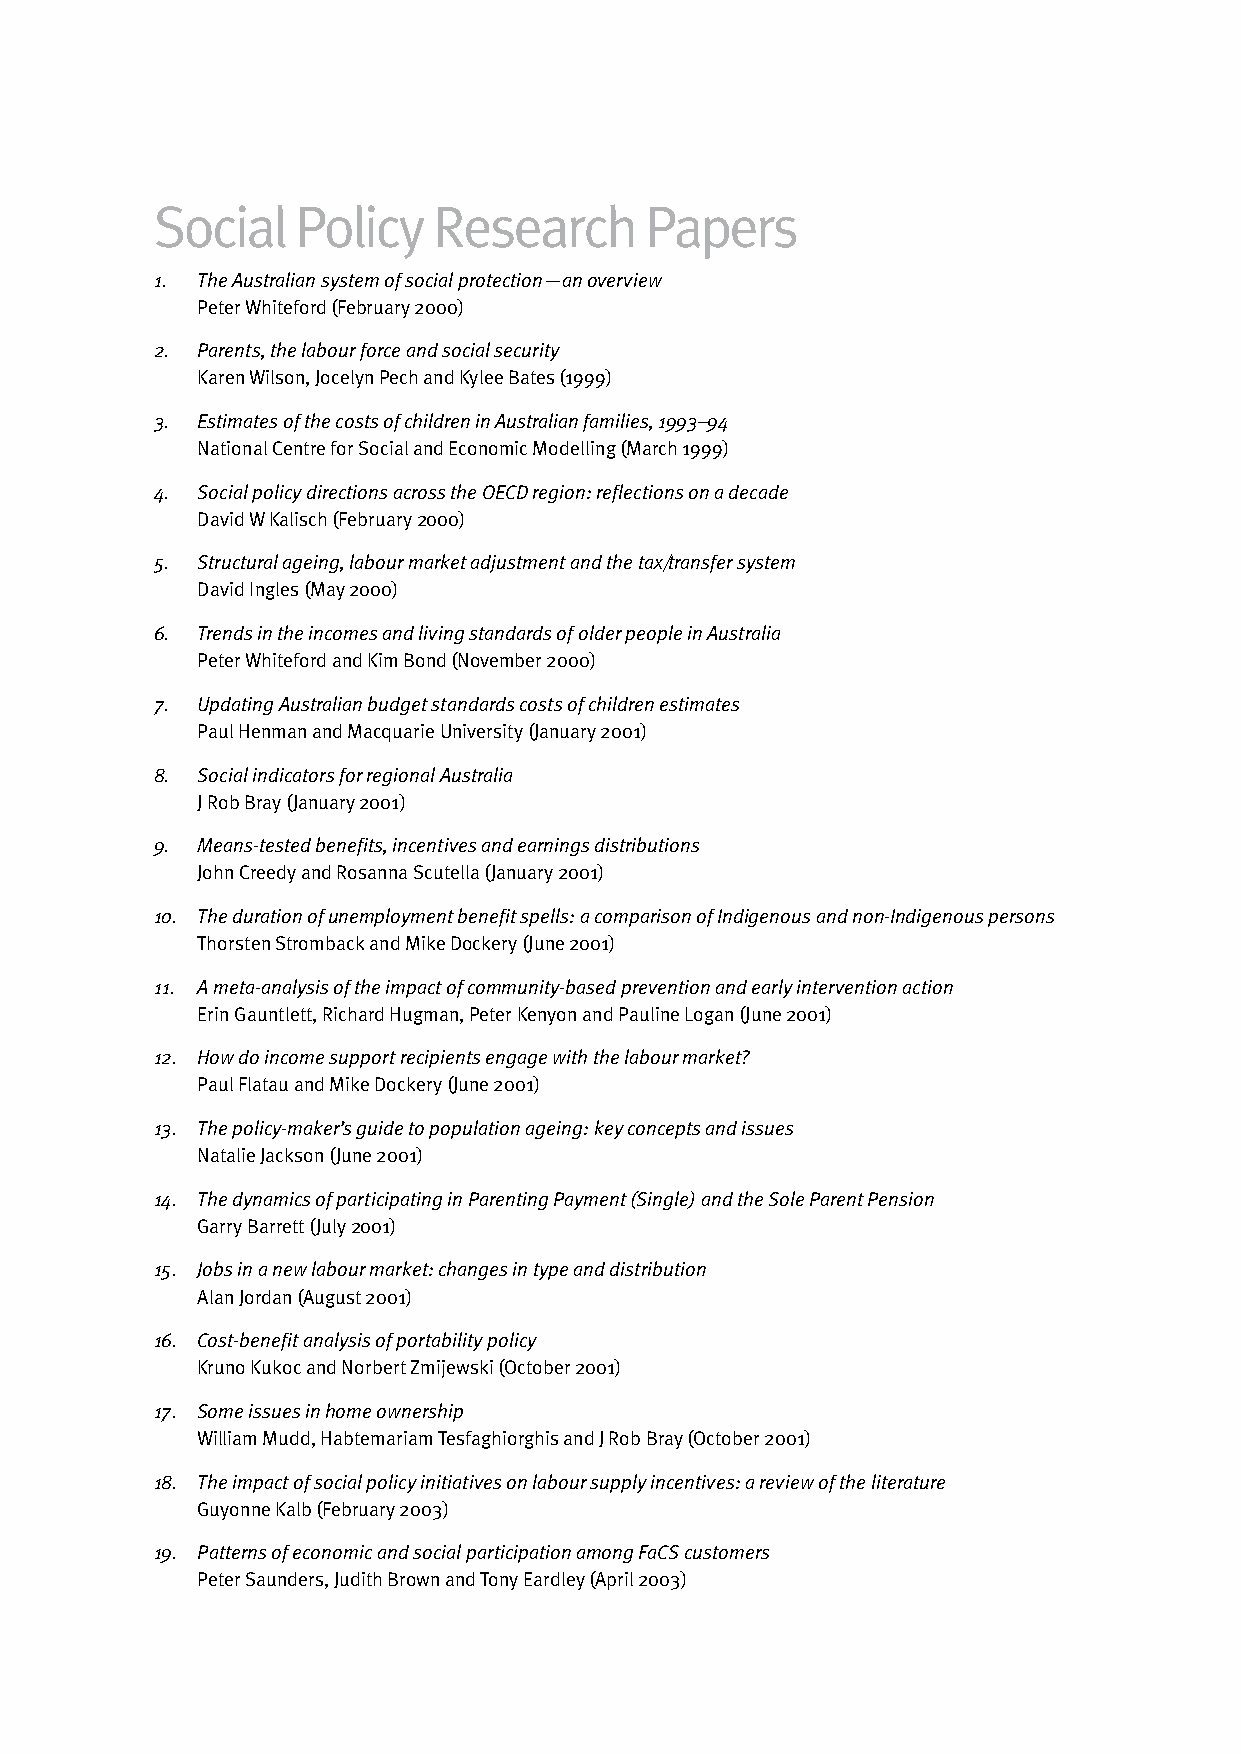
Social    Policy   Research      Papers
 1. The Australian system of social protection—an overview
 Peter Whiteford (February 2000)
 2. Parents, the labour force and social security
 Karen Wilson, Jocelyn Pech and Kylee Bates (1999)
 3. Estimates of the costs of children in Australian families, 1993–94
 National Centre for Social and Economic Modelling (March 1999)
 4. Social policy directions across the OECD region: reflections on a decade
 David W Kalisch (February 2000)
 5. Structural ageing, labour market adjustment and the tax/transfer system
 David Ingles (May 2000)
 6. Trends in the incomes and living standards of older people in Australia
 Peter Whiteford and Kim Bond (November 2000)
 7. Updating Australian budget standards costs of children estimates
 Paul Henman and Macquarie University (January 2001)
 8. Social indicators for regional Australia
 J Rob Bray (January 2001)
 9. Means-tested benefits, incentives and earnings distributions
 John Creedy and Rosanna Scutella (January 2001)
 10. The duration of unemployment benefit spells: a comparison of Indigenous and non-Indigenous persons
 Thorsten Stromback and Mike Dockery (June 2001)
 11. A meta-analysis of the impact of community-based prevention and early intervention action
 Erin Gauntlett, Richard Hugman, Peter Kenyon and Pauline Logan (June 2001)
 12. How do income support recipients engage with the labour market?
 Paul Flatau and Mike Dockery (June 2001)
 13. The policy-maker’s guide to population ageing: key concepts and issues
 Natalie Jackson (June 2001)
 14. The dynamics of participating in Parenting Payment (Single) and the Sole Parent Pension
 Garry Barrett (July 2001)
 15. Jobs in a new labour market: changes in type and distribution
 Alan Jordan (August 2001)
 16. Cost-benefit analysis of portability policy
 Kruno Kukoc and Norbert Zmijewski (October 2001)
 17. Some issues in home ownership
 William Mudd, Habtemariam Tesfaghiorghis and J Rob Bray (October 2001)
 18. The impact of social policy initiatives on labour supply incentives: a review of the literature
 Guyonne Kalb (February 2003)
 19. Patterns of economic and social participation among FaCS customers
 Peter Saunders, Judith Brown and Tony Eardley (April 2003)